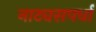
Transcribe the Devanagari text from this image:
नाट्यसपर्धा